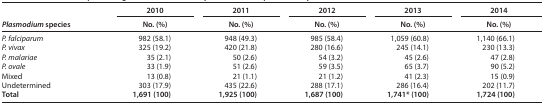
<table><thead><tr><td rowspan="2"><b><i>Plasmodium</i> species</b></td><td><b>2010</b></td><td><b>2011</b></td><td><b>2012</b></td><td><b>2013</b></td><td><b>2014</b></td></tr><tr><td><b>No. (%)</b></td><td><b>No. (%)</b></td><td><b>No. (%)</b></td><td><b>No. (%)</b></td><td><b>No. (%)</b></td></tr></thead><tbody><tr><td><i>P. falciparum</i></td><td>982 (58.1)</td><td>948 (49.3)</td><td>985 (58.4)</td><td>1,059 (60.8)</td><td>1,140 (66.1)</td></tr><tr><td><i>P. vivax</i></td><td>325 (19.2)</td><td>420 (21.8)</td><td>280 (16.6)</td><td>245 (14.1)</td><td>230 (13.3)</td></tr><tr><td><i>P. malariae</i></td><td>35 (2.1)</td><td>50 (2.6)</td><td>54 (3.2)</td><td>45 (2.6)</td><td>47 (2.8)</td></tr><tr><td><i>P. ovale</i></td><td>33 (1.9)</td><td>51 (2.6)</td><td>59 (3.5)</td><td>65 (3.7)</td><td>90 (5.2)</td></tr><tr><td>Mixed</td><td>13 (0.8)</td><td>21 (1.1)</td><td>21 (1.2)</td><td>41 (2.3)</td><td>15 (0.9)</td></tr><tr><td>Undetermined</td><td>303 (17.9)</td><td>435 (22.6)</td><td>288 (17.1)</td><td>286 (16.4)</td><td>202 (11.7)</td></tr><tr><td><b>Total</b></td><td><b>1,691 (100)</b></td><td><b>1,925 (100)</b></td><td><b>1,687 (100)</b></td><td><b>1,741* (100)</b></td><td><b>1,724 (100)</b></td></tr></tbody></table>